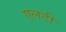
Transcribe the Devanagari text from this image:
एलटी